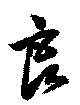
良